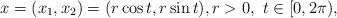
LaTeX: \begin{align*}x=(x_1,x_2)=(r\cos t, r\sin t), r>0,\ t\in[0,2\pi), \end{align*}